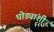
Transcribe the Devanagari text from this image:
घोड्यांशी